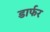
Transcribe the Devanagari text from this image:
डार्फर